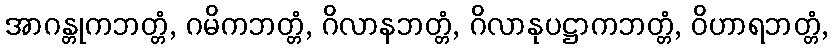
အာဂန္တုကဘတ္တံ, ဂမိကဘတ္တံ, ဂိလာနဘတ္တံ, ဂိလာနုပဋ္ဌာကဘတ္တံ, ဝိဟာရဘတ္တံ,